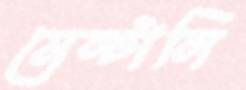
মেন্টালি